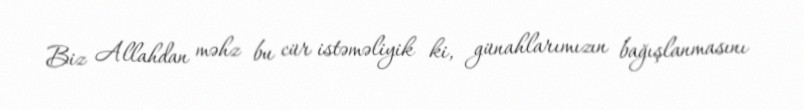
Biz Allahdan məhz bu cür istəməliyik ki, günahlarımızın bağışlanmasını